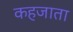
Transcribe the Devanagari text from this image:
कहजाता